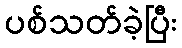
ပစ်သတ်ခဲ့ပြီး